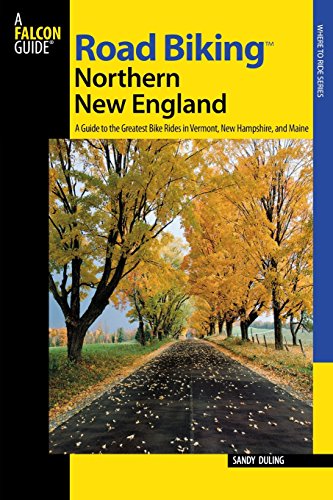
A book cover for Road Biking(TM) Northern New England: A Guide To The Greatest Bike Rides In Vermont, New Hampshire, And Maine (Road Biking Series); Sandra Dr Duling; Travel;